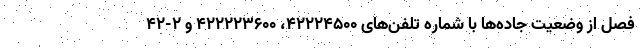
فصل از وضعیت جاده‌ها با شماره تلفن‌های ۴۲۲۲۴۵۰۰، ۴۲۲۲۲۳۶۰۰ و ۲-۴۲